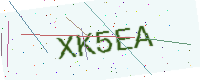
Text: XK5EA